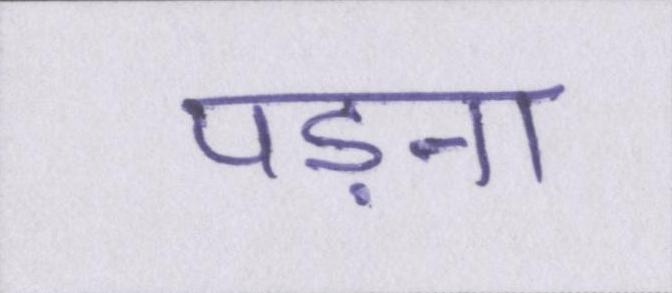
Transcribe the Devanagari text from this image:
पड़ना